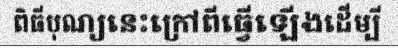
ពិធីបុណ្យនេះក្រៅពីធ្វើឡើងដើម្បី